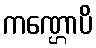
ကဏ္ဌောပိ